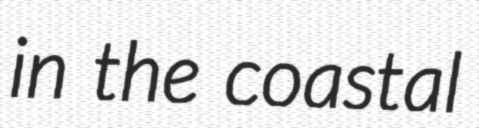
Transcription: in the coastal